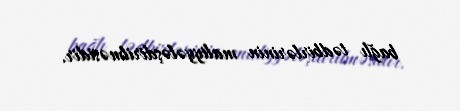
bağlı tədbirlərinin maliyyələşdirilməsidir.